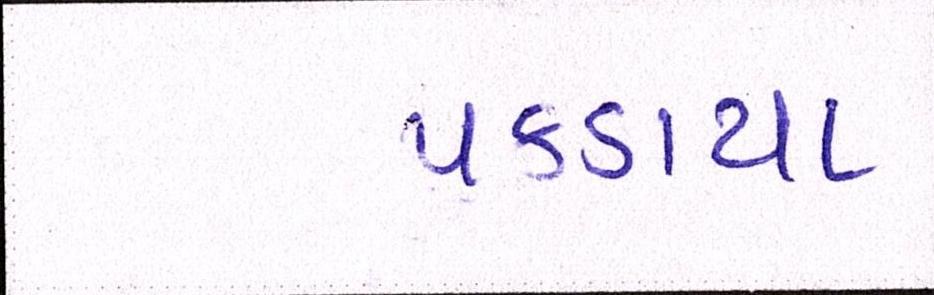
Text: પકડાયા